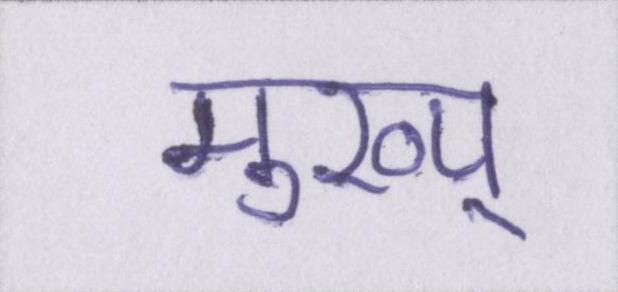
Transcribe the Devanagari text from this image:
मुख्य्